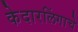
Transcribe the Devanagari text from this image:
केदारलिंगाचे